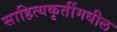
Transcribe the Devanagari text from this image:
साहित्यकृतींमधील